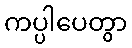
ကပ္ပါပေတွာ